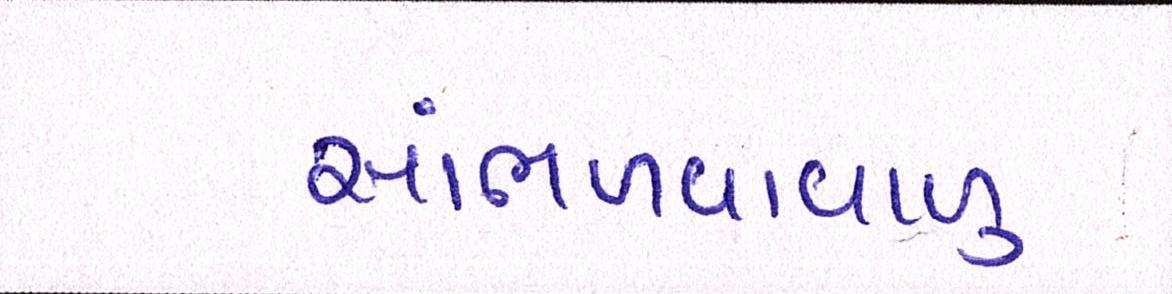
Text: સાંભળવાવાળુ